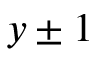
y \pm 1